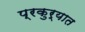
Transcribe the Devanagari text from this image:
प्रकुर्यात